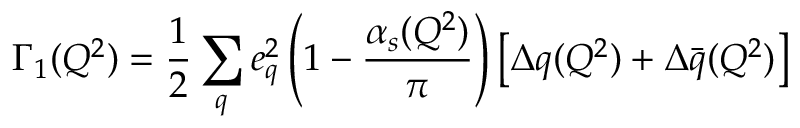
\Gamma _ { 1 } ( Q ^ { 2 } ) = \frac { 1 } { 2 } \sum _ { q } e _ { q } ^ { 2 } \left( 1 - \frac { \alpha _ { s } ( Q ^ { 2 } ) } { \pi } \right) \left[ \Delta q ( Q ^ { 2 } ) + \Delta \bar { q } ( Q ^ { 2 } ) \right]